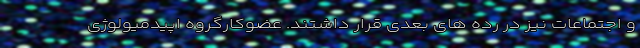
و اجتماعات نیز در رده های بعدی قرار داشتند. عضوکارگروه اپیدمیولوژی